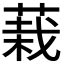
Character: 𮐅